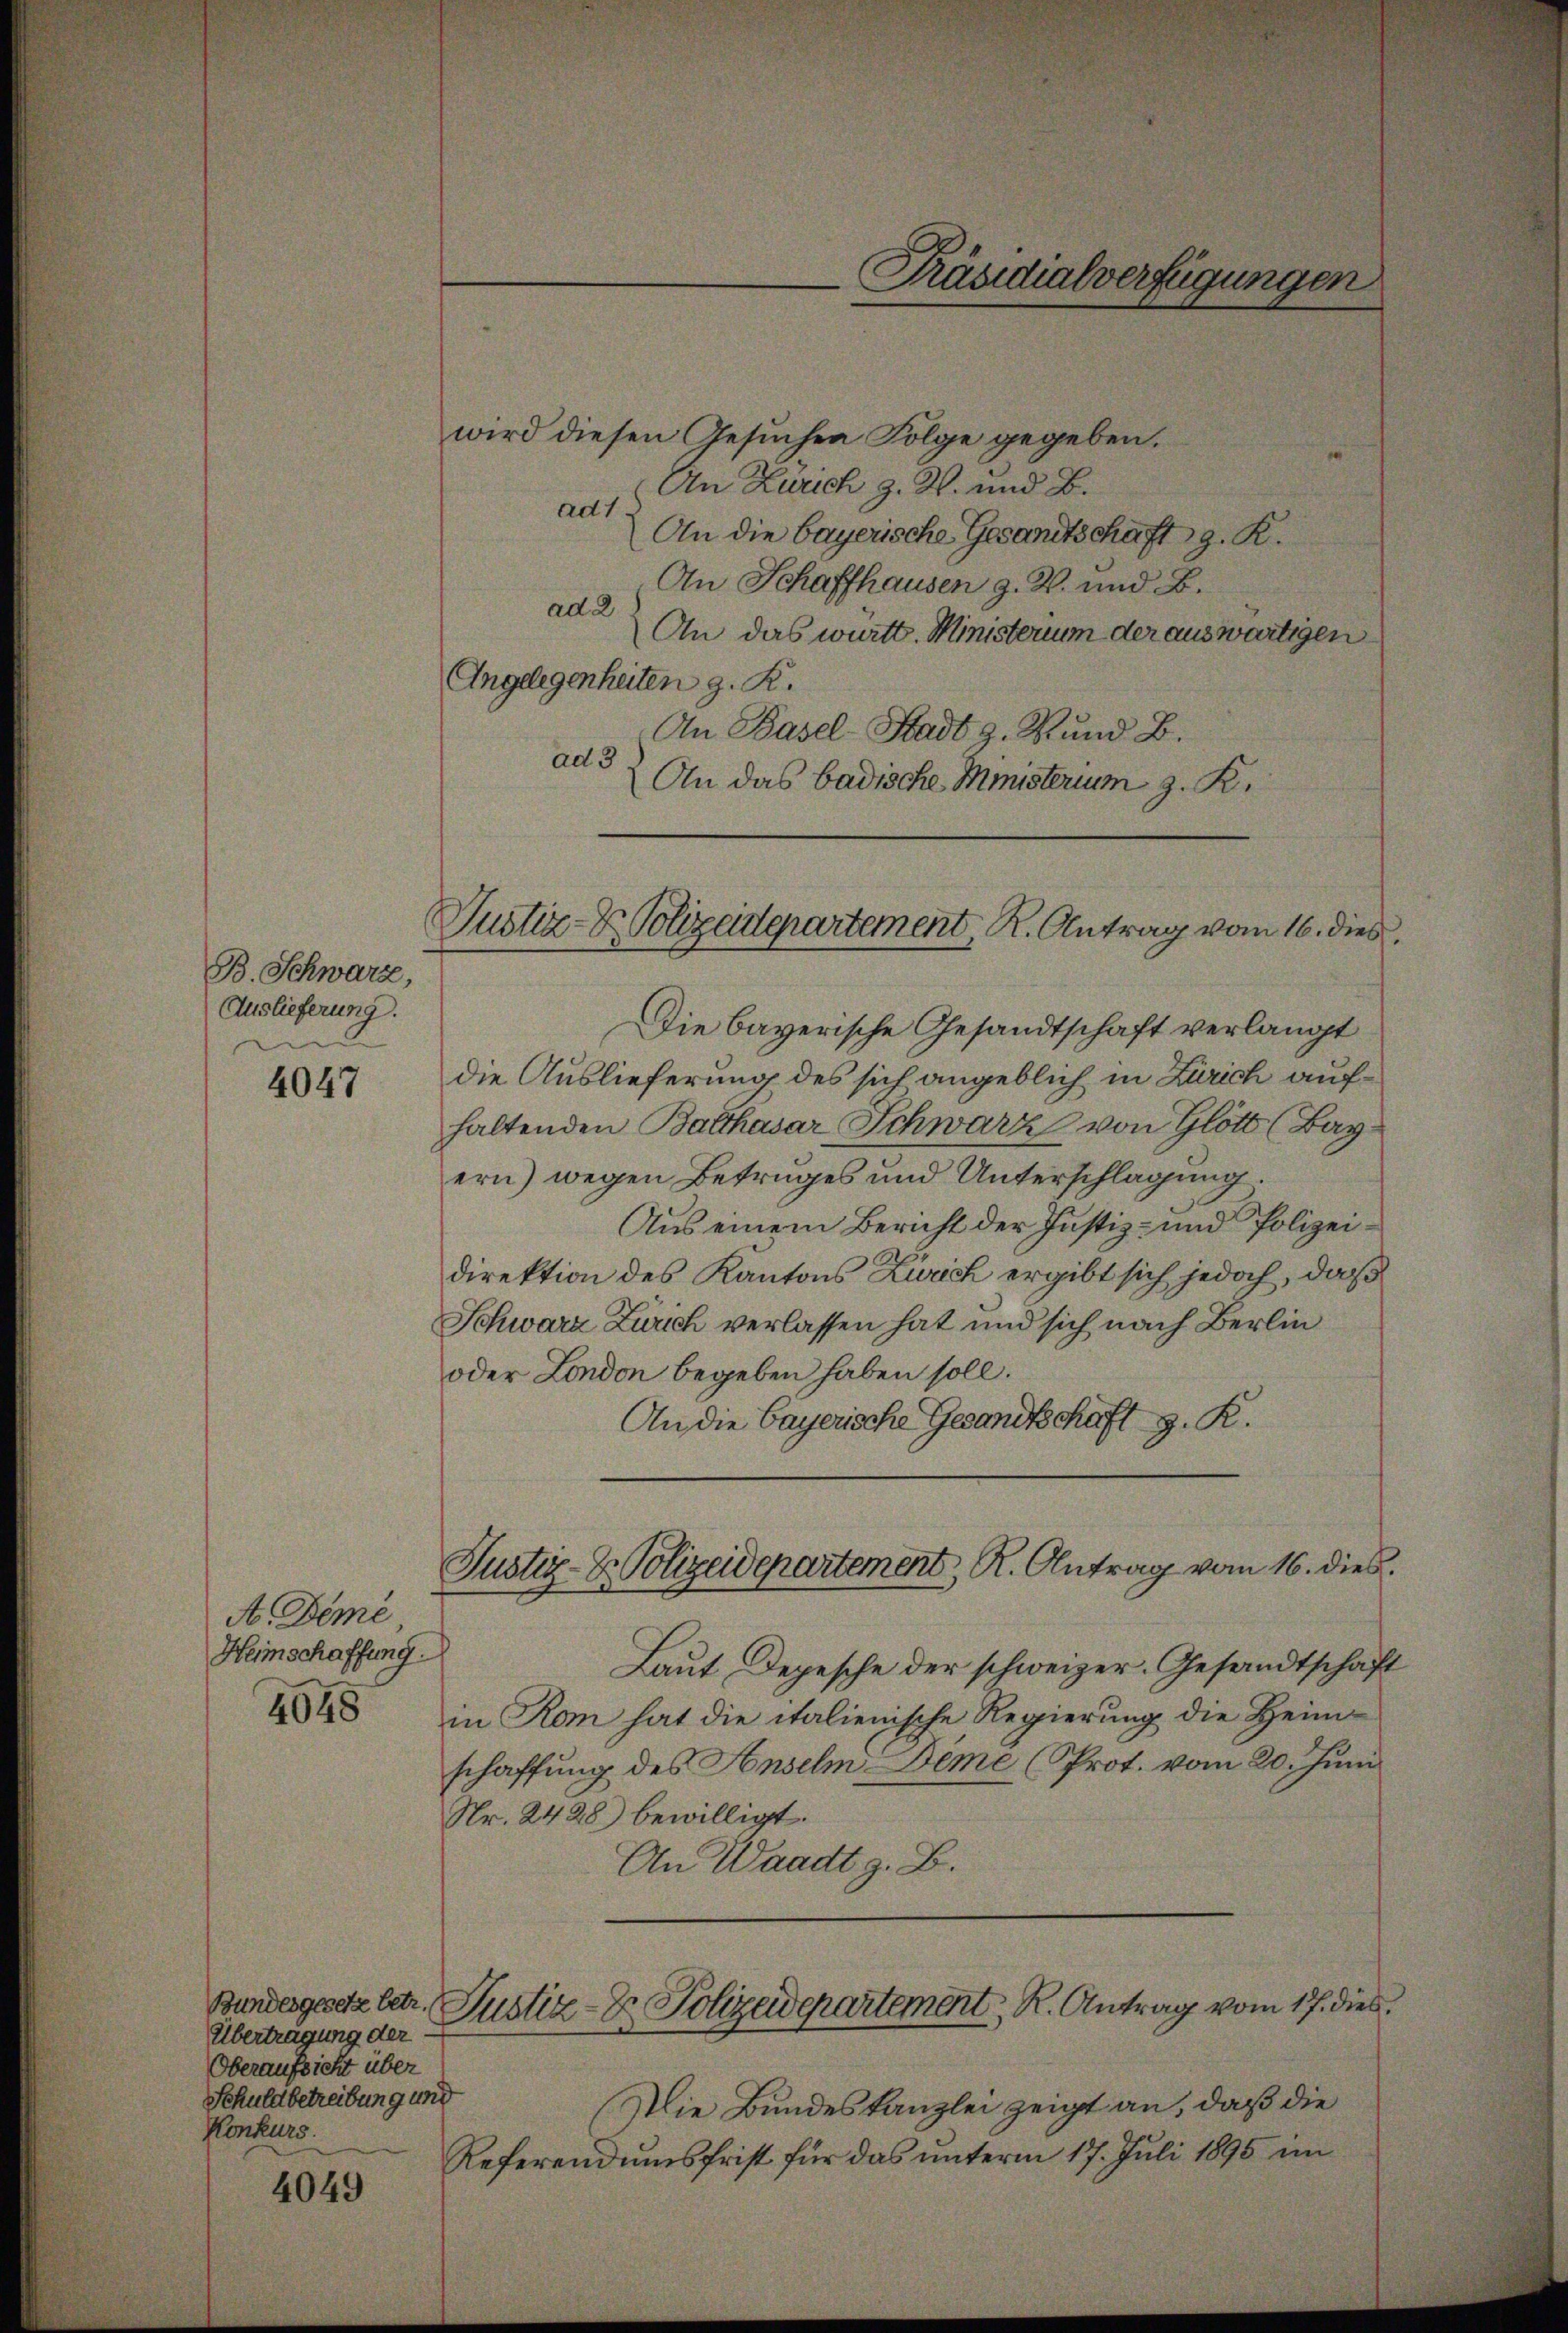
B. Schwarz,
Auslieferung.

4047

A. Deme
Heimschaffung.
4048

Bundesgesetz betr.
Übertragung der
Oberaufsicht über
Schuldbetreibung und
Konkurs.

4049

wird diesen Gesuchen Folge gegeben.
An Zürich z. Z. und B.
ad1.
An die bayerische Gesamtschaft g. R.
An Schaffhausen z. W. und B.
ad 2
An das württ. Ministerium der auswärtigen
Angelegenheiten g. R.
An Basel-Stadt z. Bund B.
ad 3
An das badische Ministerim z. K.

Präsidialverfügungen

Justiz- & Polizeidepartement, R. Antrag vom 16. dies

Die bayerische Gesandtschaft verlangt
die Auslieferung des sich angeblich in Zürich aufhaltenden Balthasar Schwarz von Glött (Bayern) wegen Betruges und Unterschlagung.
Aus einem Bericht der Justiz- und Polizeidirektion des Kantons Zürich ergibt sich jedoch, daß
Schwarz Zürich verlassen hat und sich nach Berlin
oder London begeben haben soll.
An die bayerische Gesandtschaft z. R.
Laut Depesche der schweizer. Gesandtschaft
in Rom hat die italienische Regierung die Heimschaffung des Anselm Deme (Prot. vom 20. Juni
Nr. 2428 bewilligt.
An Waadt z. B.
Justiz- & Polizeidepartement, R. Antrag vom 17. dies
Die Bundeskanzlei zeigt an, daß die
Referendumsfrist für das unterm 17. Juli 1890 im

Justiz- & Polizeidepartement, R. Antrag vom 16. dies